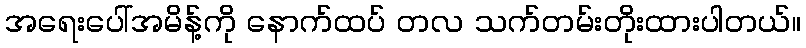
အရေးပေါ်အမိန့်ကို နောက်ထပ် တလ သက်တမ်းတိုးထားပါတယ်။